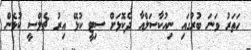
ހަތަރު ވަނަ ބުރުގައި ނިއުކާސަލްއާ ދެކޮޅަށް ސިޓީ ކުޅޭ އިރު ޗެލްސީ ކުޅެން